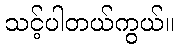
သင့်ပါတယ်ကွယ်။